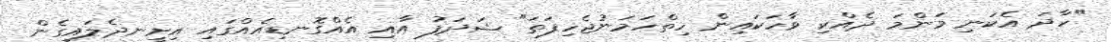
"ހާދަ އެކަނި މަންމަ ދެއްކި ވާހަކައިން ހިތްހަމަނުޖެހިފަތަ" ޝަދަފު އާއި އެއްގޮނޑިއެއްގައި އިށީނދެލައިގެން